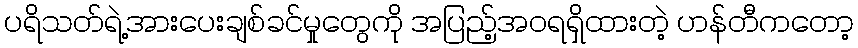
ပရိသတ်ရဲ့အားပေးချစ်ခင်မှုတွေကို အပြည့်အဝရရှိထားတဲ့ ဟန်တီကတော့